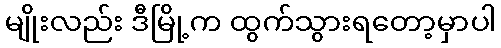
မျိုးလည်း ဒီမြို့က ထွက်သွားရတော့မှာပါ